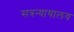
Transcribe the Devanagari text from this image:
सत्रन्यायालय